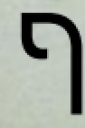
ף